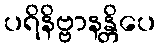
ပရိနိဗ္ဗာနန္တိပေ